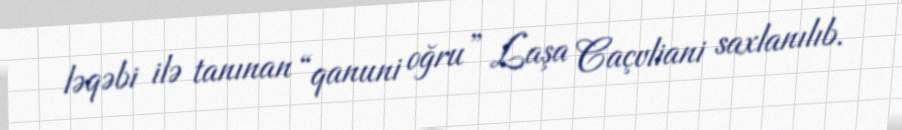
ləqəbi ilə tanınan “qanuni oğru” Laşa Caçvliani saxlanılıb.